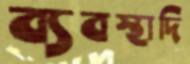
ব্যবস্থাদি